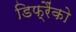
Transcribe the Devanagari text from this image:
डिफ्रैंको